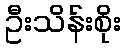
ဦးသိန်းစိုး